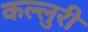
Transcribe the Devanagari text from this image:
कल्लुरी